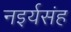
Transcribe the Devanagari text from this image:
नइर्यसंह